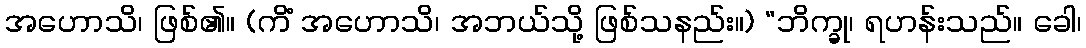
အဟောသိ၊ ဖြစ်၏။ (ကိံ အဟောသိ၊ အဘယ်သို့ ဖြစ်သနည်း။) “ဘိက္ခု၊ ရဟန်းသည်။ ခေါ၊